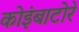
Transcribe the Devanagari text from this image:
कोइंबाटोरे